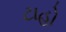
ટાહો